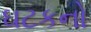
ઘટકનો